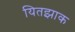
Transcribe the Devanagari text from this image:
यितझाक